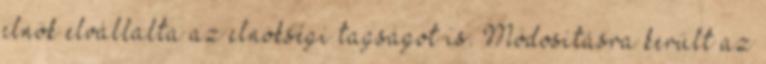
elnök elvállalta az elnökségi tagságot is. Módosításra került az